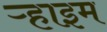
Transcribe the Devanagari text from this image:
ऱ्हाइम